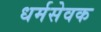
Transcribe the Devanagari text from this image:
धर्मसेवक